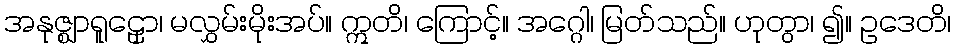
အနုဇ္ဈာရူဠှော၊ မလွှမ်းမိုးအပ်။ ဣတိ၊ ကြောင့်။ အဂ္ဂေါ၊ မြတ်သည်။ ဟုတွာ၊ ၍။ ဥဒေတိ၊